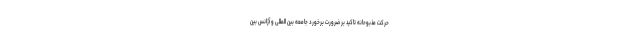
حرکت مذبوحانه تاکید بر ضرورت برخورد جامعه بین المللی و آژانس بین